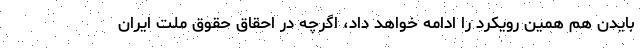
بایدن هم همین رویکرد را ادامه خواهد داد، اگرچه در احقاق حقوق ملت ایران